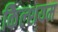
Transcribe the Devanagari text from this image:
कैिल्शयम